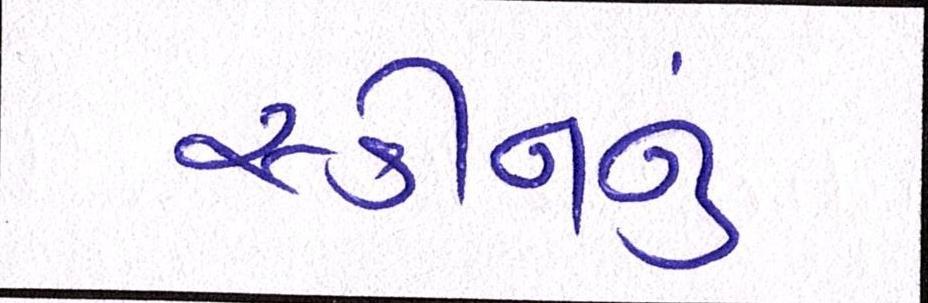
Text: સ્કીનનું